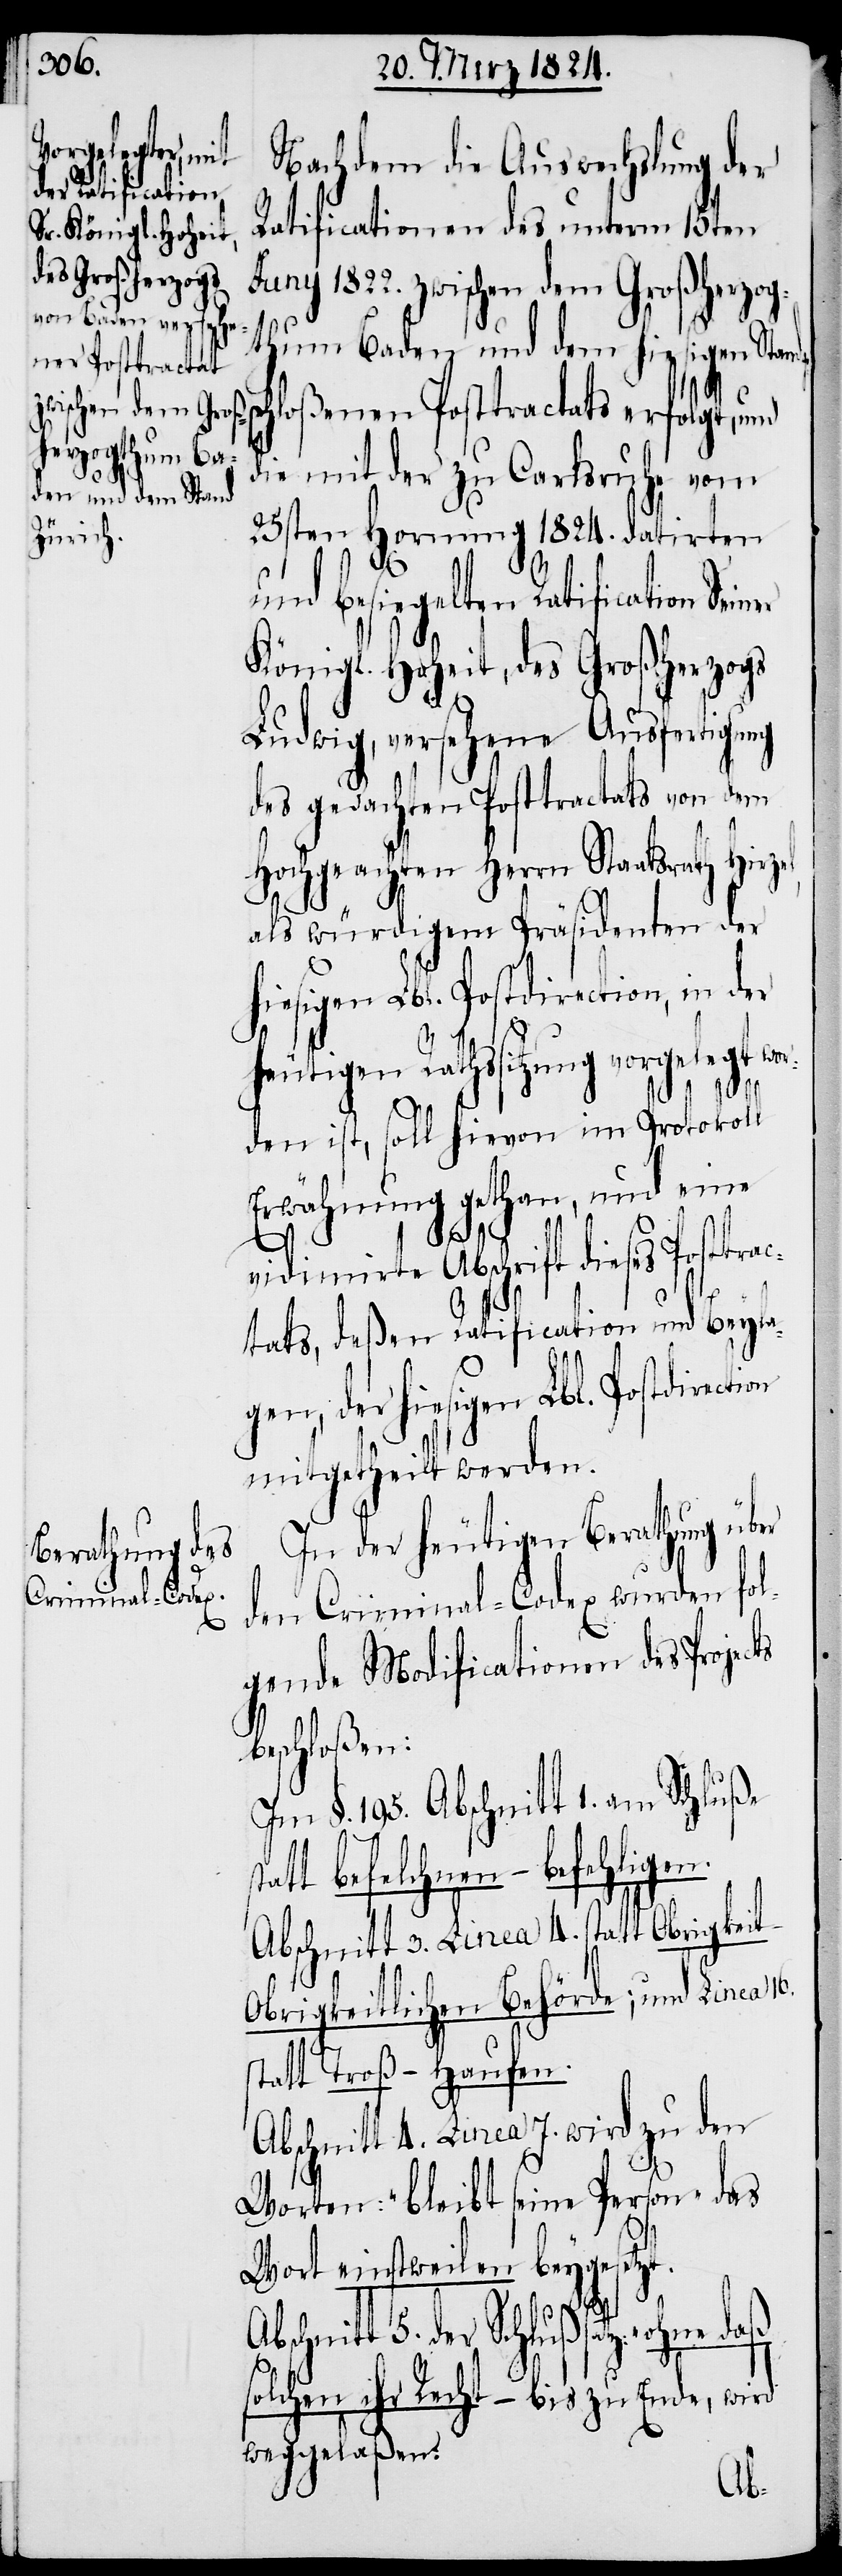
bis zu Ende,
Nachdem die Auswechslung der
Ratificationen des unterm 15ten
Juny 1822. zwischen dem Großherzog¬
t.
thum Baden und dem hiesigen Sta¬
nen Posttractats
die mit der zu Carlsruhe vom
25sten Hornung 1824. datirten
und besiegelten Ratification
Königl. Hoheit, des Großherzogs
Ludwig, versehene Ausfertigung
des gedachten Posttractats von dem
Hochgeachten Herrn Staatsrath Hirze¬
als würdigem Präsidenten der
hiesigen Lbl. Postdirection, in der
heutigen Rathssitzung v¬
den ist, soll hievon im Protokoll
Erwähnung gethan, und eine
–
vidinirte Abschrift dieses Posttrac¬
tats, deßen Ratification und Beyla¬
gen, der hiesigen Lbl. Postdirecti¬
mitgetheilt werden.
In der heutigen Berathung über
den Criminal-Codex wurden fol¬
gende Modificationen des Projec¬
beschloßen:
Im §. 195. Abschnitt 1. am Schluße
tatt befelchnen – befehligen.
Abschnitt 3. Linea 4. statt Obrigkeit
Obrigkeitlichen Behörde; und Linea 16.
statt Troß – Haufen.
Abschnitt 4. Linea 17. wird zu den
Worten: „bleibt seine Person“ das
Wort einstweilen beygesetz¬
chnitt 5. der Schlußsatz: „ohne
weggelaßen:
Abs¬